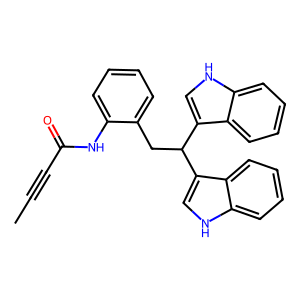
SMILES: CC#CC(=O)Nc1ccccc1CC(c1c[nH]c2ccccc12)c1c[nH]c2ccccc12
Inhibits HIV replication: No